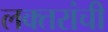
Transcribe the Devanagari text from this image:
लक्‍तरांची